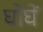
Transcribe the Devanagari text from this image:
घोघें